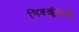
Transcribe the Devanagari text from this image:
भिक्खूंमध्ये